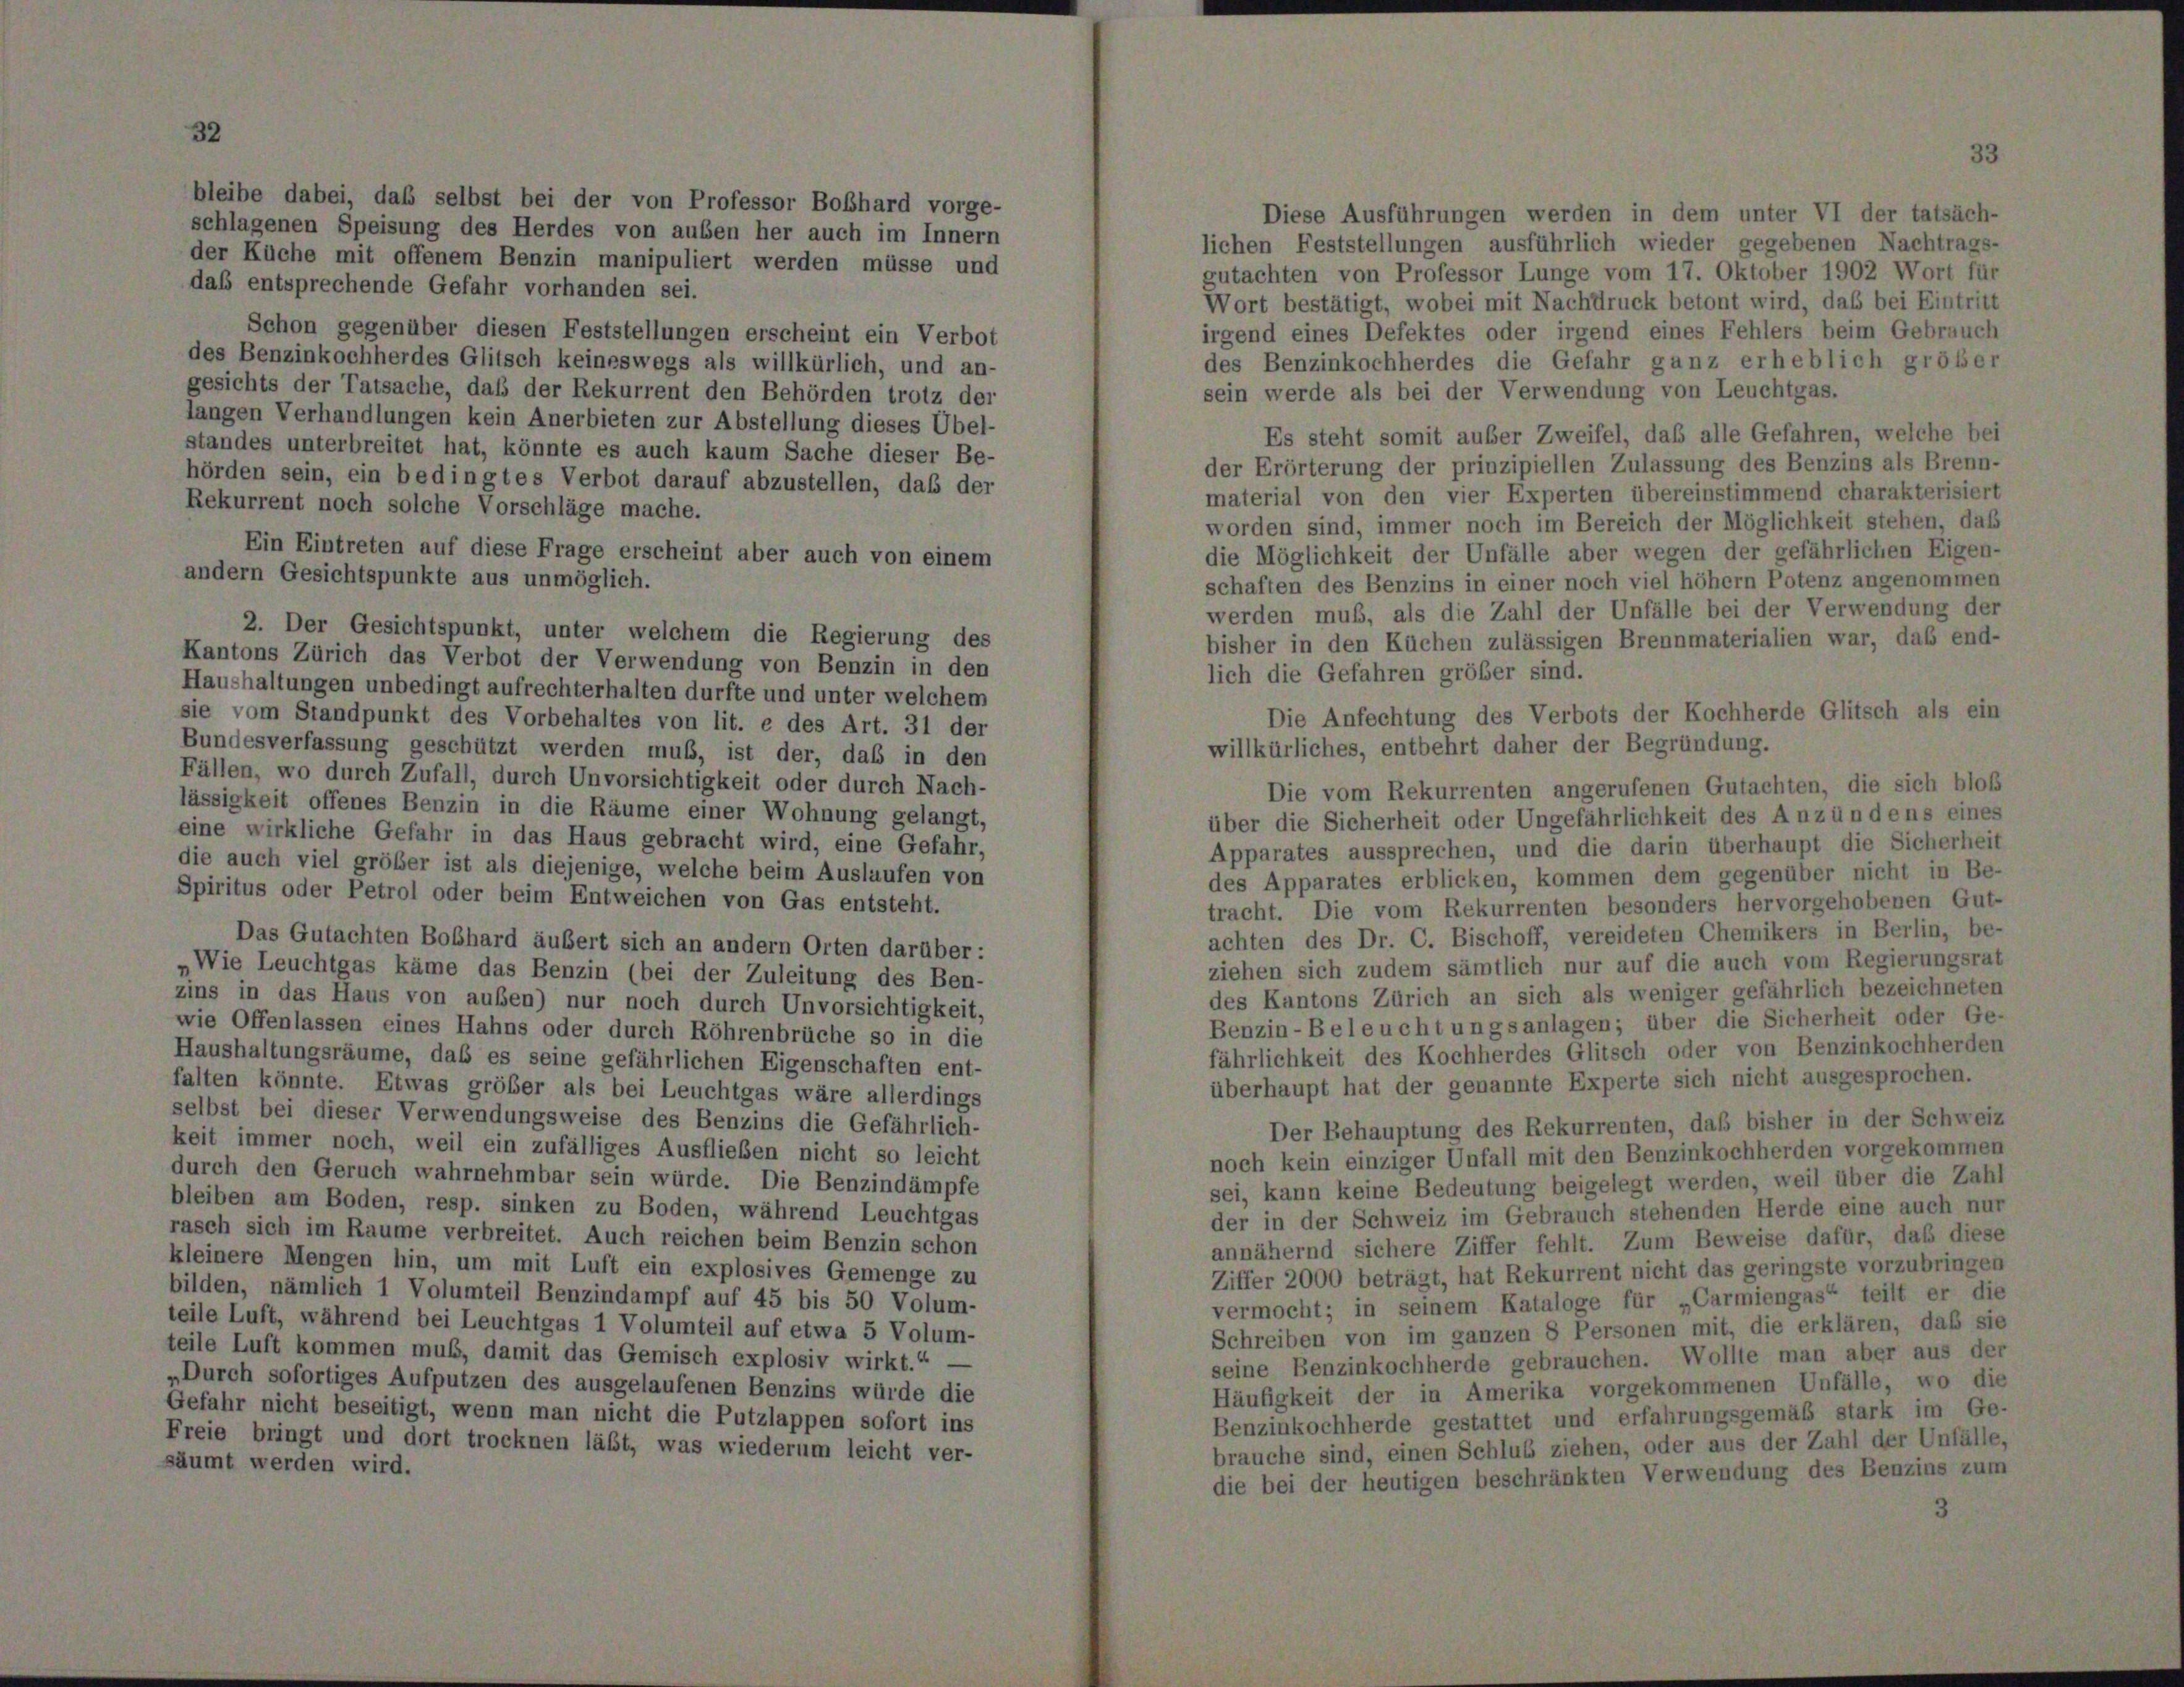
bleibe dabei, daß selbst bei der von Professor Boßhard vorge-
Diese Ausführungen werden in dem unter VI der tatsäch-
schlagenen Speisung des Herdes von außen her auch im Innern
lichen Feststellungen ausführlich wieder gegebenen Nachtrags-
der Küche mit offenem Benzin manipuliert werden müsse und
gutachten von Professor Lunge vom 17. Oktober 1902 Wort für
daß entsprechende Gefahr vorhanden sei.
Wort bestätigt, wobei mit Nachdruck betont wird, daß bei Eintritt
Schon gegenüber diesen Feststellungen erscheint ein Verbot
irgend eines Defektes oder irgend eines Fehlers beim Gebrauch
des Benzinkochherdes Glitsch keineswegs als willkürlich, und an-
des Benzinkochherdes die Gefahr ganz erheblich größer
gesichts der Tatsache, daß der Rekurrent den Behörden trotz der
sein werde als bei der Verwendung von Leuchtgas.
langen Verhandlungen kein Anerbieten zur Abstellung dieses Übel-
Es steht somit auser Zweifel, daß alle Gefahren, welche bei
standes unterbreitet hat, könnte es auch kaum Sache dieser Be-
der Erörterung der prinzipiellen Zulassung des Benzins als Brenn-
hörden sein, ein bedingtes Verbot darauf abzustellen, daß der
material von den vier Experten übereinstimmend charakterisiert
Rekurrent noch solche Vorschläge mache.
worden sind, immer noch im Bereich der Möglichkeit stehen, daß
Ein Eintreten auf diese Frage erscheint aber auch von einem
die Möglichkeit der Unfälle aber wegen der gefährlichen Eigen-
andern Gesichtspunkte aus unmöglich.
schaften des Benzins in einer noch viel höher Potenz angenommen
werden muß, als die Zahl der Unfälle bei der Verwendung der
2. Der Gesichtspunkt, unter welchem die Regierung des
bisher in den Küchen zulässigen Brennmaterialien war, daß end-
Kantons Zürich das Verbot der Verwendung von Benzin in den
lich die Gefahren größer sind.
Haushaltungen unbedingt aufrechterhalten durfte und unter welchem
Die Anfechtung des Verbots der Kochherde Glitsch als ein
sie vom Standpunkt des Vorbehaltes von lit. e des Art. 31 der
willkürliches, entbehrt daher der Begründung.
Bundesverfassung geschützt werden muß, ist der, daß in den
Fällen, wo durch Zufall, durch Unvorsichtigkeit oder durch Nach-
Die vom Rekurrenten angerufenen Gutachten, die sich bloß
lässigkeit offenes Benzin in die Räume einer Wohnung gelangt,
über die Sicherheit oder Ungefährlichkeit des Anzündens eines
eine wirkliche Gefahr in das Haus gebracht wird, eine Gefahr,
Apparates aussprechen, und die darin überhaupt die Sicherheit
die auch viel größer ist als diejenige, welche beim Auslaufen von
des Apparates erblicken, kommen dem gegenüber nicht in Be-
Spiritus oder Petrol oder beim Entweichen von Gas entsteht.
tracht. Die vom Rekurrenten besonders hervorgehobenen Gut-
achten des Dr. C. Bischoff, vereideten Chemikers in Berlin, be-
Das Gutachten Boßhard äußert sich an andern Orten darüber:
ziehen sich zudem sämtlich nur auf die auch vom Regierungsrat
„Wie Leuchtgas käme das Benzin (bei der Zuleitung des Ben-
des Kantons Zürich an sich als weniger gefährlich bezeichneten
zins in das Haus von außen) nur noch durch Unvorsichtigkeit,
Benzin-Beleucht ungsanlagen; über die Sicherheit oder Ge-
wie Offenlassen eines Hahns oder durch Röhrenbrüche so in die
fährlichkeit des Kochherdes Glitsch oder von Benzinkochherden
Haushaltungsräume, daß es seine gefährlichen Eigenschaften ent-
überhaupt hat der genannte Experte sich nicht ausgesprochen.
falten könnte. Etwas größer als bei Leuchtgas wäre allerdings
selbst bei dieser Verwendungsweise des Benzins die Gefährlich-
Der Behauptung des Rekurrenten, daß bisher in der Schweiz
keit immer noch, weil ein zufälliges Ausfließen nicht so leicht
noch kein einziger Unfall mit den Benzinkochherden vorgekommen
durch den Geruch wahrnehmbar sein würde. Die Benzindämpfe
sei, kann keine Bedeutung beigelegt werden, weil über die Zahl
bleiben am Boden, resp. sinken zu Boden, während Leuchtgas
der in der Schweiz im Gebrauch stehenden Herde eine auch nur
rasch sich im Raume verbreitet. Auch reichen beim Benzin schon
annähernd sichere Ziffer fehlt. Zum Beweise dafür, daß diese
kleinere Mengen hin, um mit Luft ein explosives Gemenge zu
Ziffer 2000 beträgt, hat Rekurrent nicht das geringste vorzubringen
bilden, nämlich 1 Volumteil Benzindampf auf 45 bis 50 Volum-
vermocht; in seinem Kataloge für „Carmiengas“ teilt er die
teile Luft, während bei Leuchtgas 1 Volumteil auf etwa 5 Volum-
Schreiben von im ganzen 8 Personen mit, die erklären, daß sie
teile Luft kommen muß, damit das Gemisch explosiv wirkt.“
seine Benzinkochherde gebrauchen. Wollte man aber aus der
„Durch sofortiges Aufputzen des ausgelaufenen Benzins würde die
Häufigkeit der in Amerika vorgekommenen Unfälle, wo die
Gefahr nicht beseitigt, wenn man nicht die Putzlappen sofort ins
Benzinkochherde gestattet und erfahrungsgemäß stark im Ge-
Freie bringt und dort trocknen läßt, was wiederum leicht ver-
brauche sind, einen Schlus ziehen, oder aus der Zahl der Unfälle,
säumt werden wird.
die bei der heutigen beschränkten Verwendung des Benzins zur